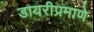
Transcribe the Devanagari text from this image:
डायरीप्रमाणे